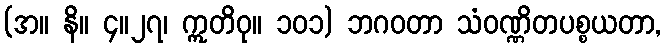
(အ။ နိ။ ၄။၂၇၊ ဣတိဝု။ ၁၀၁) ဘဂဝတာ သံဝဏ္ဏိတပစ္စယတာ,